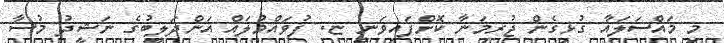
މި މައްސަލައާ ގުޅިގެން ޖުރިމަނާ ކޮށްފައިވަނީ ޏ. ފުވައްމުލައް އަންދަލީބުގެ ނަޝީދު މުސާ